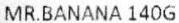
MR.BANANA 140G